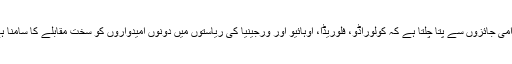
عوامی جائزوں سے پتا چلتا ہے کہ کولوراڈو، فلوریڈا، اوہائیو اور ورجینیا کی ریاستوں میں دونوں امیدواروں کو سخت مقابلے کا سامنا ہے۔